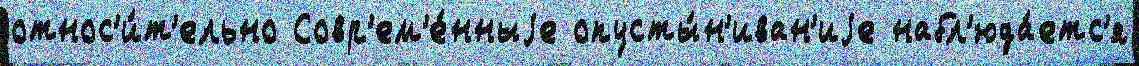
относ'и́т'ельно Совр'ем'е́нныjе опусты́н'иван'иjе набл'юда́етс'я